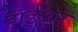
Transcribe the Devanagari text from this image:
हाईअर